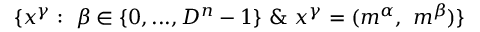
\{ x ^ { \gamma } : ~ \beta \in \{ 0 , . . . , D ^ { n } - 1 \} ~ \& ~ x ^ { \gamma } = ( m ^ { \alpha } , ~ m ^ { \beta } ) \}